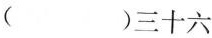
()三十六